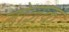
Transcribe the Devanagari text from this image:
तोज़क